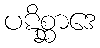
ပဋိစ္ဆာဒေ